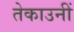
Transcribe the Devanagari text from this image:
तेकाउनीं